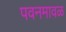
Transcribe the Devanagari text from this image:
पवनमावळ